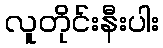
လူတိုင်းနီးပါး